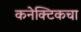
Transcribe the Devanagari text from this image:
कनेक्टिकचा